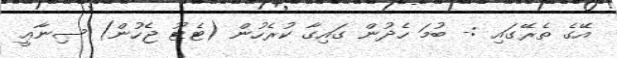
އޭގެ ތެރޭގައި :- ބުމަ ހެދުން ގައިގާ ކުރެހުން (ޓެޓޫ ޖެހުން) ޞިނާޢީ